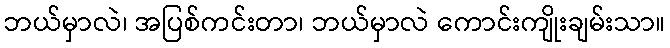
ဘယ်မှာလဲ၊ အပြစ်ကင်းတာ၊ ဘယ်မှာလဲ ကောင်းကျိုးချမ်းသာ။